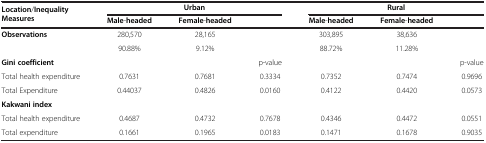
<table><thead><tr><td rowspan="2"><b>Location/Inequality Measures</b></td><td colspan="3"><b>Urban</b></td><td colspan="3"><b>Rural</b></td></tr><tr><td><b>Male-headed</b></td><td><b>Female-headed</b></td><td><b> </b></td><td><b>Male-headed</b></td><td><b>Female-headed</b></td><td><b> </b></td></tr></thead><tbody><tr><td rowspan="2"><b>Observations</b></td><td>280,570</td><td>28,165</td><td rowspan="2"> </td><td>303,895</td><td>38,636</td><td> </td></tr><tr><td>90.88%</td><td>9.12%</td><td>88.72%</td><td>11.28%</td><td> </td></tr><tr><td colspan="2"><b>Gini coefficient</b></td><td> </td><td>p-value</td><td> </td><td> </td><td>p-value</td></tr><tr><td>Total health expenditure</td><td>0.7631</td><td>0.7681</td><td>0.3334</td><td>0.7352</td><td>0.7474</td><td>0.9696</td></tr><tr><td>Total Expenditure</td><td>0.44037</td><td>0.4826</td><td>0.0160</td><td>0.4122</td><td>0.4420</td><td>0.0573</td></tr><tr><td colspan="2"><b>Kakwani index</b></td><td> </td><td> </td><td> </td><td> </td><td> </td></tr><tr><td>Total health expenditure</td><td>0.4687</td><td>0.4732</td><td>0.7678</td><td>0.4346</td><td>0.4472</td><td>0.0551</td></tr><tr><td>Total expenditure</td><td>0.1661</td><td>0.1965</td><td>0.0183</td><td>0.1471</td><td>0.1678</td><td>0.9035</td></tr></tbody></table>